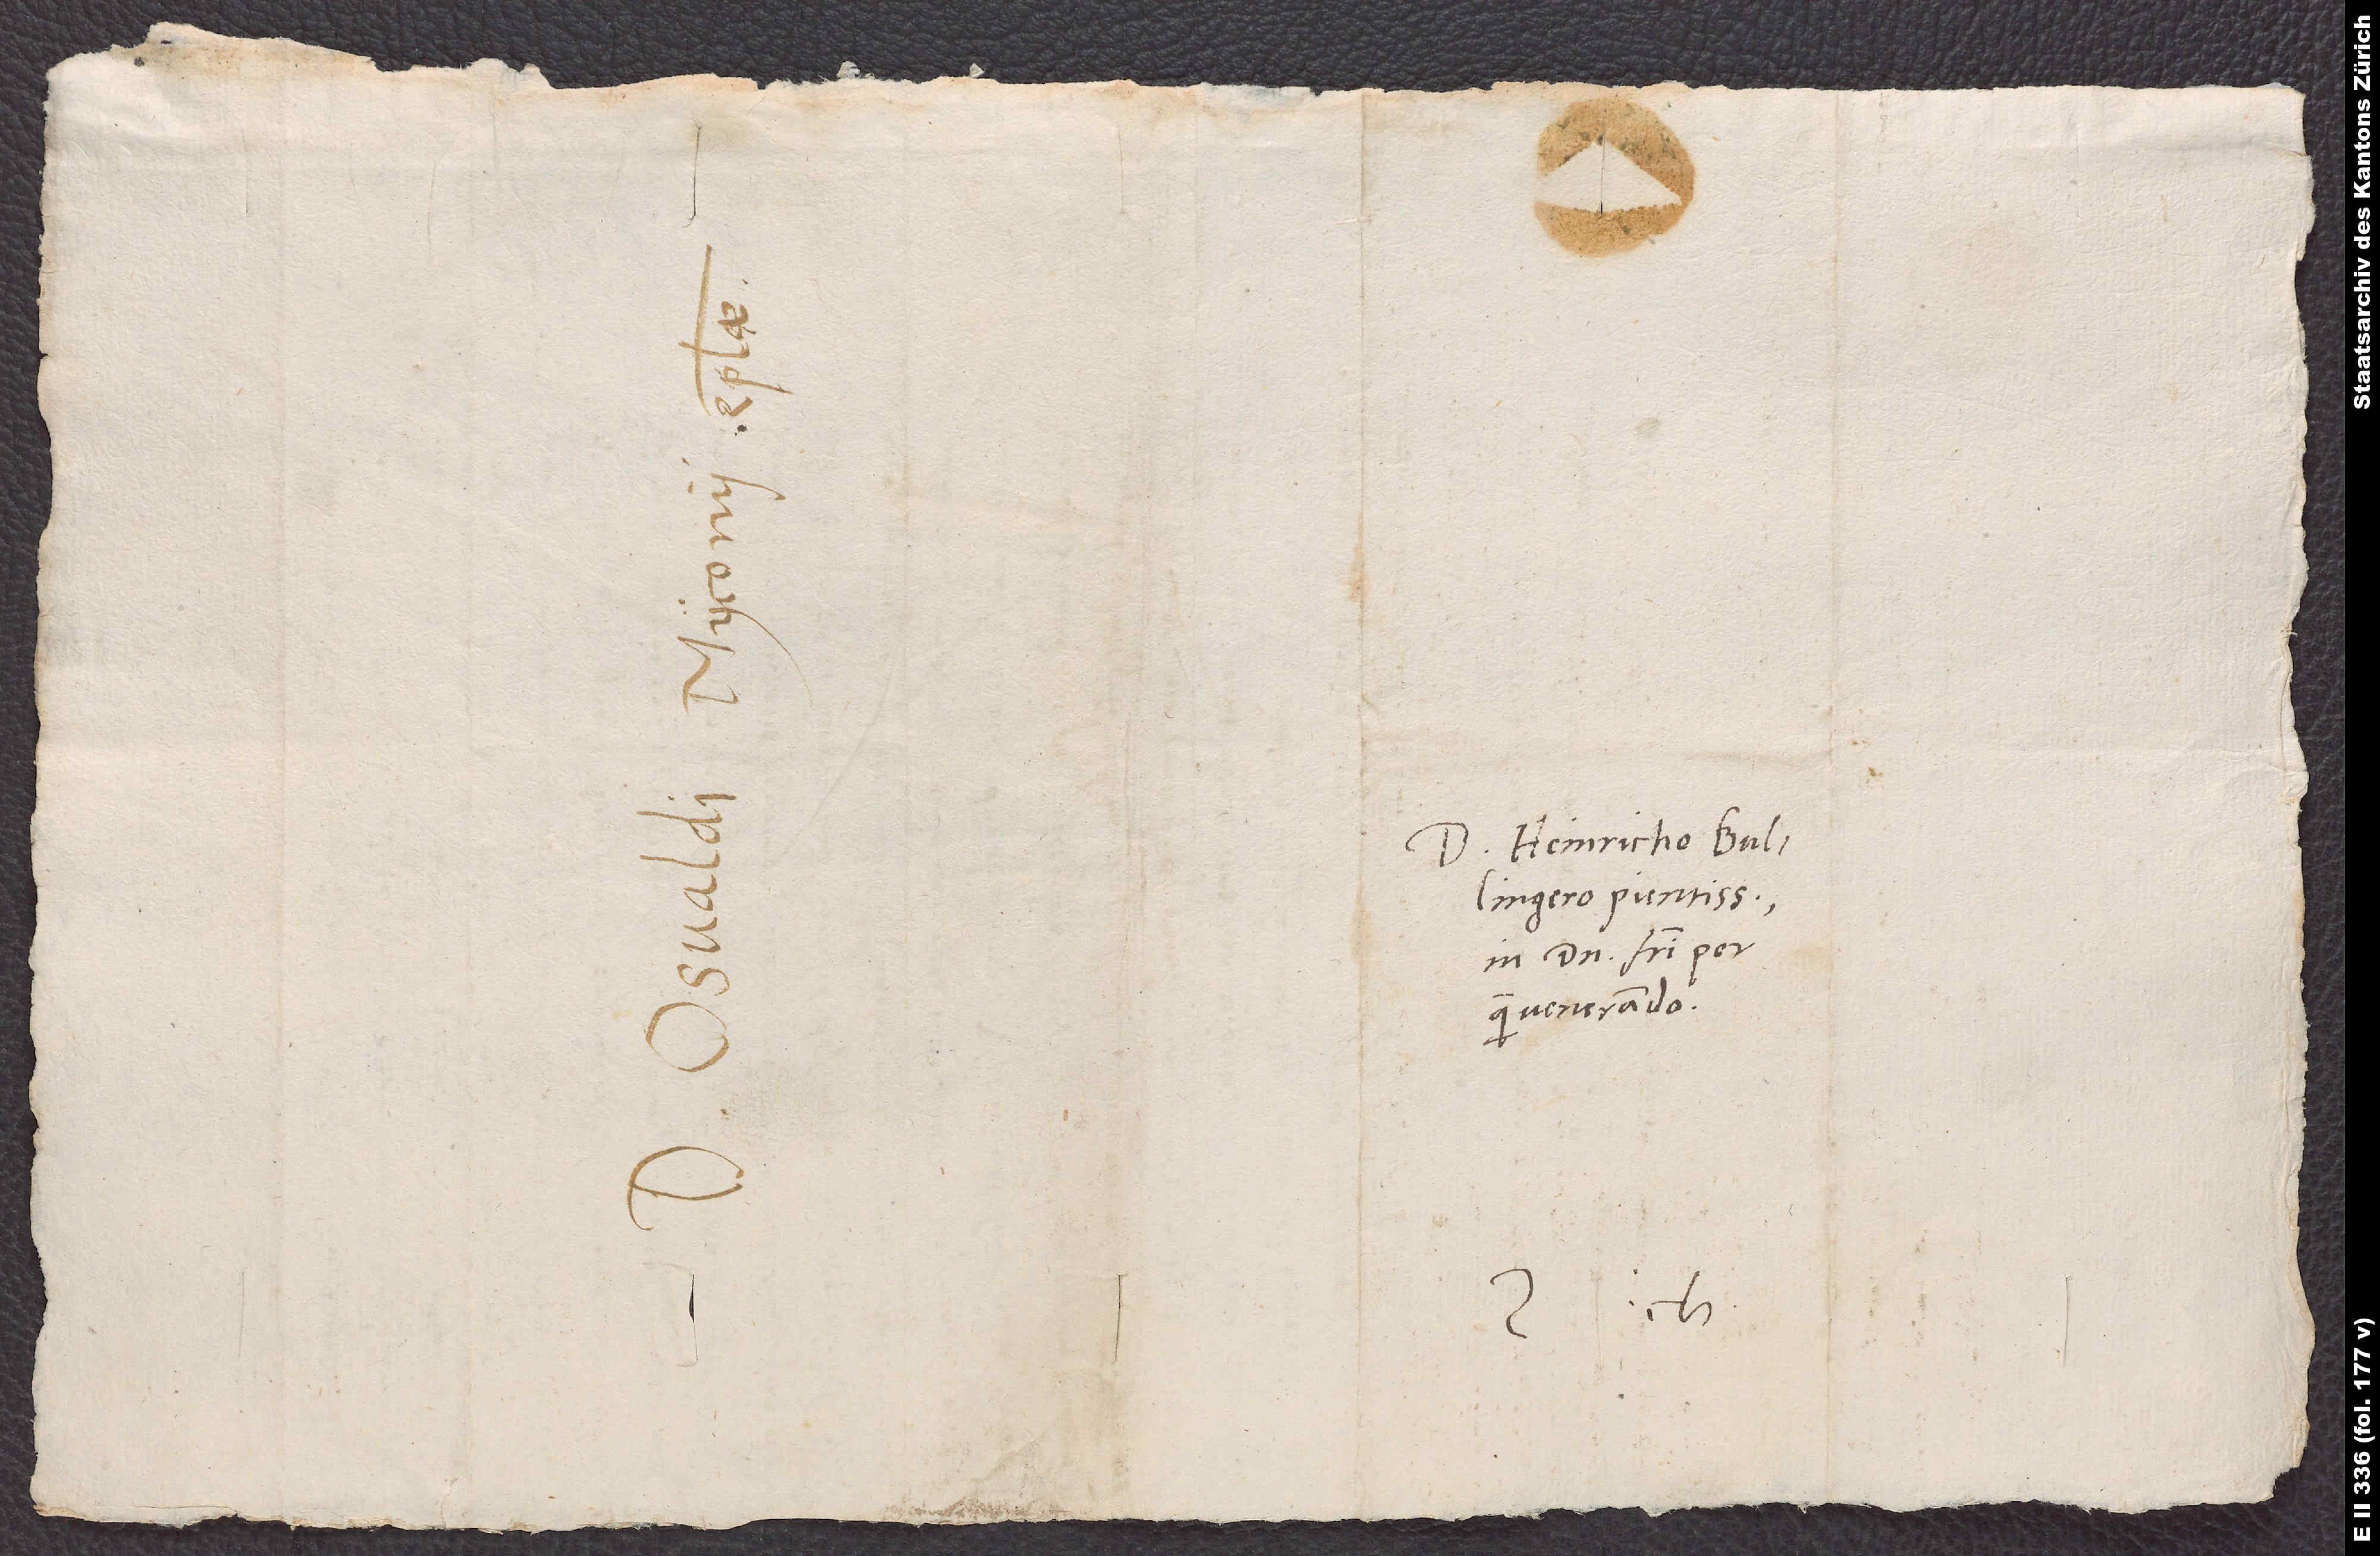
Domino Heinricho Bullingero
in domino fratri perquam
venerando.